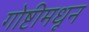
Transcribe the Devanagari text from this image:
गोष्टीमधून